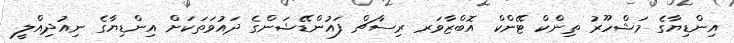
އިންޑިޔާގެ މަޝްހޫރު ތިންކް ޓޭންކް އޮބްޒާވަރ ރިސާޗް ފައުންޑޭޝަންގެ ދައުވަތަކަށް އިންޑިޔާގެ ނިއުދިއްލީ